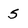
Character: 5